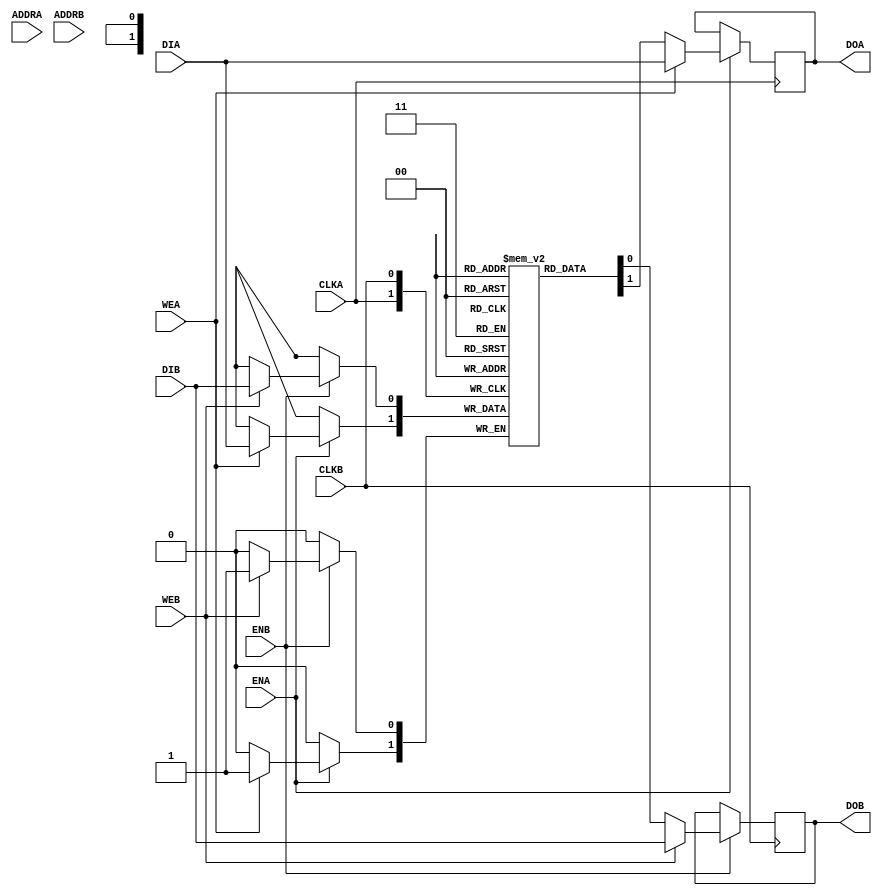

`ifdef BSV_ASSIGNMENT_DELAY
`else
 `define BSV_ASSIGNMENT_DELAY
`endif

// Dual-Ported BRAM (WRITE FIRST)
module BRAM2(CLKA,
             ENA,
             WEA,
             ADDRA,
             DIA,
             DOA,
             CLKB,
             ENB,
             WEB,
             ADDRB,
             DIB,
             DOB
             );

   parameter                      PIPELINED  = 0;
   parameter                      ADDR_WIDTH = 1;
   parameter                      DATA_WIDTH = 1;
   parameter                      MEMSIZE    = 1;

   input                          CLKA;
   input                          ENA;
   input                          WEA;
   input [ADDR_WIDTH-1:0]         ADDRA;
   input [DATA_WIDTH-1:0]         DIA;
   output [DATA_WIDTH-1:0]        DOA;

   input                          CLKB;
   input                          ENB;
   input                          WEB;
   input [ADDR_WIDTH-1:0]         ADDRB;
   input [DATA_WIDTH-1:0]         DIB;
   output [DATA_WIDTH-1:0]        DOB;

   reg [DATA_WIDTH-1:0]           RAM[0:MEMSIZE-1] /* synthesis syn_ramstyle="no_rw_check" */ ;
   reg [DATA_WIDTH-1:0]           DOA_R;
   reg [DATA_WIDTH-1:0]           DOB_R;
   reg [DATA_WIDTH-1:0]           DOA_R2;
   reg [DATA_WIDTH-1:0]           DOB_R2;

`ifdef BSV_NO_INITIAL_BLOCKS
`else
   // synopsys translate_off
   integer                        i;
   initial
   begin : init_block
      for (i = 0; i < MEMSIZE; i = i + 1) begin
         RAM[i] = { ((DATA_WIDTH+1)/2) { 2'b10 } };
      end
      DOA_R = { ((DATA_WIDTH+1)/2) { 2'b10 } };
      DOB_R = { ((DATA_WIDTH+1)/2) { 2'b10 } };
      DOA_R2 = { ((DATA_WIDTH+1)/2) { 2'b10 } };
      DOB_R2 = { ((DATA_WIDTH+1)/2) { 2'b10 } };
   end
   // synopsys translate_on
`endif // !`ifdef BSV_NO_INITIAL_BLOCKS

   always @(posedge CLKA) begin
      if (ENA) begin
         if (WEA) begin
            RAM[ADDRA] <= `BSV_ASSIGNMENT_DELAY DIA;
            DOA_R <= `BSV_ASSIGNMENT_DELAY DIA;
         end
         else begin
            DOA_R <= `BSV_ASSIGNMENT_DELAY RAM[ADDRA];
         end
      end
      DOA_R2 <= `BSV_ASSIGNMENT_DELAY DOA_R;
   end

   always @(posedge CLKB) begin
      if (ENB) begin
         if (WEB) begin
            RAM[ADDRB] <= `BSV_ASSIGNMENT_DELAY DIB;
            DOB_R <= `BSV_ASSIGNMENT_DELAY DIB;
         end
         else begin
            DOB_R <= `BSV_ASSIGNMENT_DELAY RAM[ADDRB];
         end
      end
      DOB_R2 <= `BSV_ASSIGNMENT_DELAY DOB_R;
   end

   // Output drivers
   assign DOA = (PIPELINED) ? DOA_R2 : DOA_R;
   assign DOB = (PIPELINED) ? DOB_R2 : DOB_R;

endmodule // BRAM2